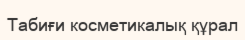
Табиғи косметикалық құрал